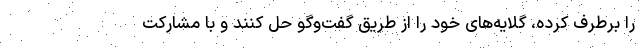
را برطرف کرده، گلایه‌های خود را از طریق گفت‌وگو حل کنند و با مشارکت